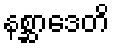
နစ္ဆာဒေတိ